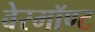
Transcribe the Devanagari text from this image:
वेरमॉण्ट